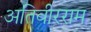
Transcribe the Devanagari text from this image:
अतिवीरराम